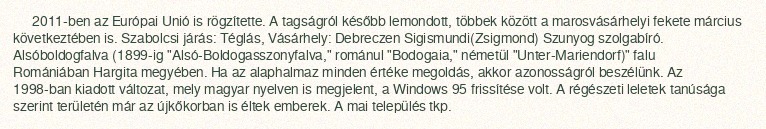
2011-ben az Európai Unió is rögzítette. A tagságról később lemondott, többek között a marosvásárhelyi fekete március következtében is. Szabolcsi járás: Téglás, Vásárhely: Debreczen Sigismundi(Zsigmond) Szunyog szolgabíró. Alsóboldogfalva (1899-ig "Alsó-Boldogasszonyfalva," románul "Bodogaia," németül "Unter-Mariendorf)" falu Romániában Hargita megyében. Ha az alaphalmaz minden értéke megoldás, akkor azonosságról beszélünk. Az 1998-ban kiadott változat, mely magyar nyelven is megjelent, a Windows 95 frissítése volt. A régészeti leletek tanúsága szerint területén már az újkőkorban is éltek emberek. A mai település tkp.